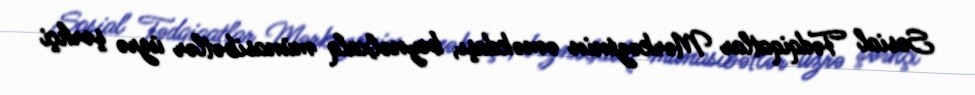
Sosial Tədqiqatlar Mərkəzinin əməkdaşı, beynəlxalq münasibətlər üzrə şərhçi